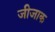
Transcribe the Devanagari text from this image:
जीजाक